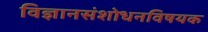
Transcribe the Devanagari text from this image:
विज्ञानसंशोधनविषयक